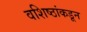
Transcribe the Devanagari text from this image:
वशिष्ठांकडून